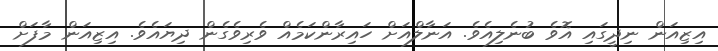
އިޒިއަން ނިދީގައި އޮވެ ބުނެލިއެވެ. އަނާލްއަށް ހައިރާންކަމެއް ވެރިވެގެން ދިޔައެވެ. އިޒިއަން މާފަށް